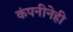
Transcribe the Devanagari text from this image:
कंपनीनेही